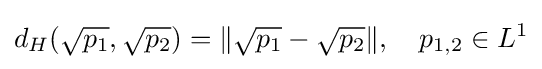
d_{H}({\sqrt {p_{1}}},{\sqrt {p_{2}}})=\Vert {\sqrt {p_{1}}}-{\sqrt {p_{2}}}\Vert ,\ \ \ p_{1,2}\in L^{1}